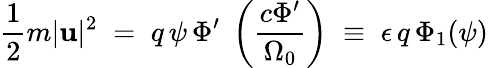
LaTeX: \frac{1}{2}m|{\mathbf u}|^{2}\; =\; q\, \psi\, \Phi^{\prime}\; \left(\frac{c\Phi^{\prime}}{\Omega_{0}}\right)\; \equiv\; \epsilon\, q\, \Phi_{1}(\psi)